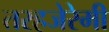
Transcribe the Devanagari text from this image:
तरहजेरेमी